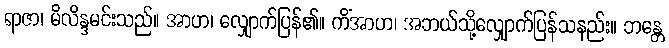
ရာဇာ၊ မိလိန္ဒမင်းသည်။ အာဟ၊ လျှောက်ပြန်၏။ ကိံအာဟ၊ အဘယ်သို့လျှောက်ပြန်သနည်း။ ဘန္တေ